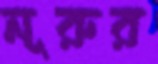
নূরুর